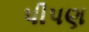
પીપણ